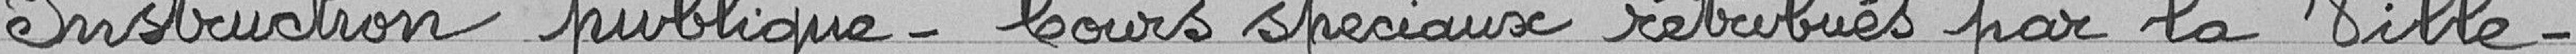
Instruction publique - Cours spéciaux rétribués par la Ville -